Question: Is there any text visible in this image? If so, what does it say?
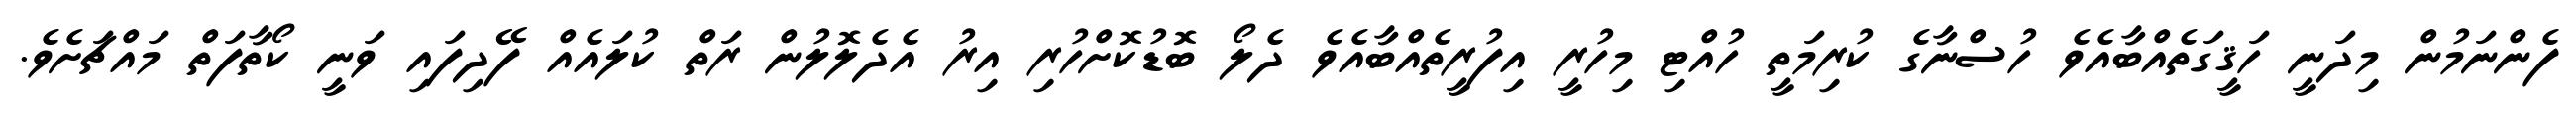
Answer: ފެންނަމުން މިދަނީ ހަޤީގަތެއްބާއެވެ ހުސްނާގެ ކުރިމަތީ ހުއްޓި މިހުރީ އިފުރީތެއްބާއެވެ ދެލޯ ބޮޑުކޮށްހުރި އިރު އެދެލޮލުން ރަތް ކުލައެއް ފޭދިފައި ވަނީ ކޯތާފަތް މައްޗަށެވެ.